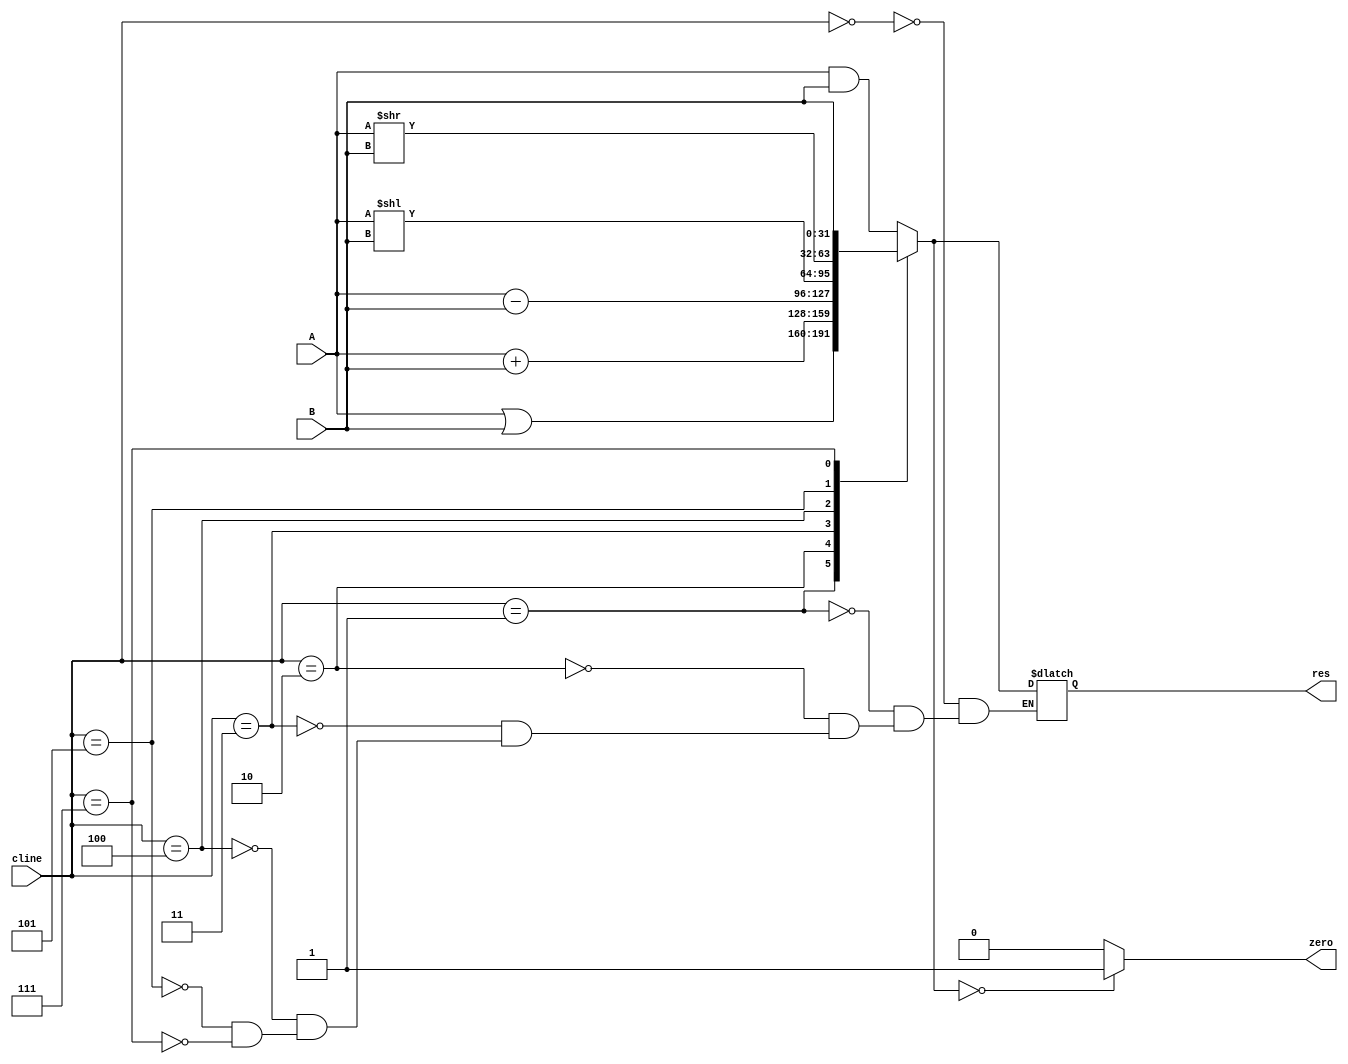
//ALU DESIGN FOR THE EXECUTION UNIT
// acts on 2 32 bit inputs and controlled by ALU_operation signal
// can perform 'AND', 'OR', 'ADD', 'SUBTRACT' and 'SLT' operations
// Also has a zero output used to detect if result is zero

module ALU_design(A,B,cline,res,zero);
	input signed[31:0] A,B;
	input [3:0] cline;
	output reg[31:0] res;
	output reg zero;	
	always@(*)
	begin
		case(cline)
		4'b0000: res=A & B;  //(bitwise AND)
		4'b0001: res=A | B;  //(bitwise OR)
		4'b0010: res=A + B;  //(Add A+B)
		4'b0011: res=A - B;  //(Subtract A-B)
		4'b0100: res=A << B; //(Shift logical left)
		4'b0101: res=A >> B; //(Shift logical right)
		4'b0111: res=B;		 // (Simply outputs B; useful for li)
		endcase		
		if (res==0)
		zero=1;
		else
		zero=0;
	end
endmodule